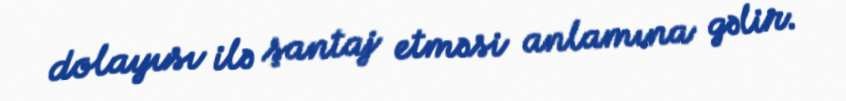
dolayısı ilə şantaj etməsi anlamına gəlir.